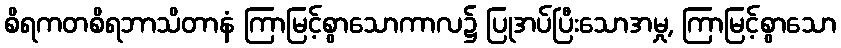
စိရကတစိရဘာသိတာနံ ကြာမြင့်စွာသောကာလ၌ ပြုအပ်ပြီးသောအမှု, ကြာမြင့်စွာသော